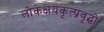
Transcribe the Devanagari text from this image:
लोकक्षयकृत्प्रवृद्धो